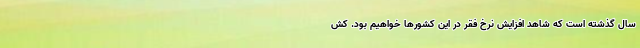
سال گذشته است که شاهد افزایش نرخ فقر در این کشورها خواهیم بود. کش